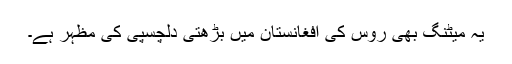
یہ میٹنگ بھی روس کی افغانستان میں بڑھتی دلچسپی کی مظہر ہے۔